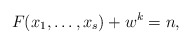
\begin{align*}F(x_1,\ldots ,x_s)+w^k=n,\end{align*}